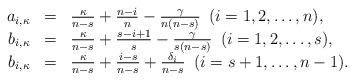
\begin{align*}\begin{array}{rcl}a_{i,\kappa}&=&\frac{\kappa}{n-s}+\frac{n-i}{n}-\frac{\gamma}{n(n-s)}\,\,\, (i=1,2,\dots,n),\\b_{i,\kappa}&=&\frac{\kappa}{n-s}+\frac{s-i+1}{s}-\frac{\gamma}{s(n-s)}\,\,\, (i=1,2,\dots,s),\\b_{i,\kappa}&=&\frac{\kappa}{n-s}+\frac{i-s}{n-s}+\frac{\delta_{i}}{n-s}\,\,\, (i=s+1,\dots,n-1).\end{array}\end{align*}